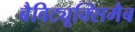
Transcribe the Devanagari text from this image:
बैविट्यूक्सिमैब